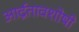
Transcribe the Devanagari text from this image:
आर्द्रतावशोषी